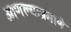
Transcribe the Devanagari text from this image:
आणल्याप्रमाणे